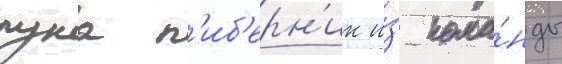
лука п'иб'ерн'ик и́з кома́нды